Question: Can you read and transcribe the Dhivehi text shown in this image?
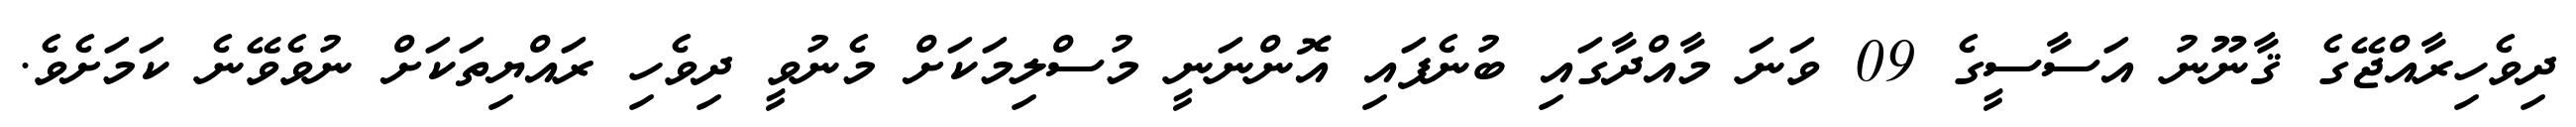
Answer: ދިވެހިރާއްޖޭގެ ޤާނޫނު އަސާސީގެ 09 ވަނަ މާއްދާގައި ބުނެފައި އޮންނަނީ މުސްލިމަކަށް މެނުވީ ދިވެހި ރައްޔިތަކަށް ނުވެވޭނެ ކަމަށެވެ.